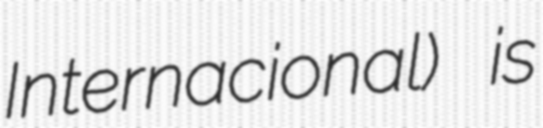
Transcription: Internacional) is